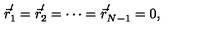
\vec { r } _ { 1 } ^ { ^ { \prime } } = \vec { r } _ { 2 } ^ { ^ { \prime } } = \cdots = \vec { r } _ { N - 1 } ^ { ^ { \prime } } = 0 ,